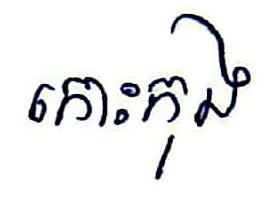
កោះកុង